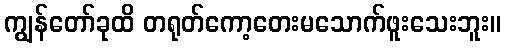
ကျွန်တော်ခုထိ တရုတ်ကော့တေးမသောက်ဖူးသေးဘူး။